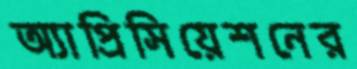
অ্যাপ্রিসিয়েশনের